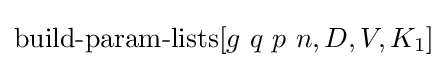
\operatorname {build-param-lists} [g\ q\ p\ n,D,V,K_{1}]